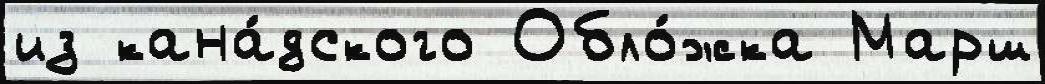
из кана́дского Обло́жка Марш